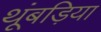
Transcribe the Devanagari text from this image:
थूंबड़िया